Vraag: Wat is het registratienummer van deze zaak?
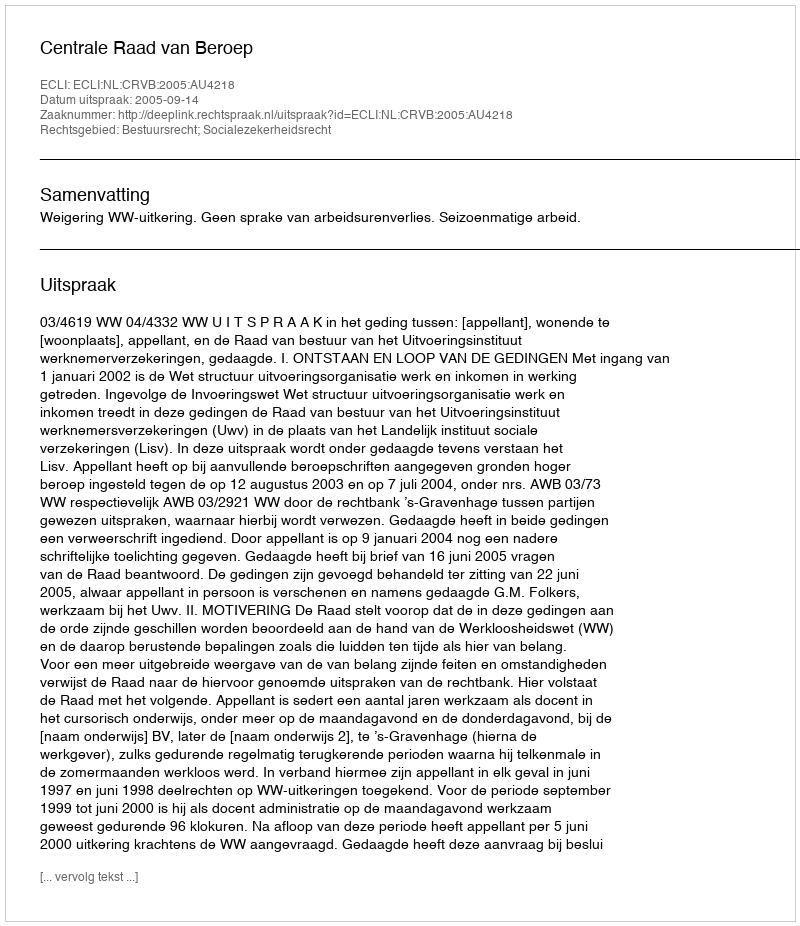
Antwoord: http://deeplink.rechtspraak.nl/uitspraak?id=ECLI:NL:CRVB:2005:AU4218